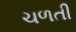
ચળતી